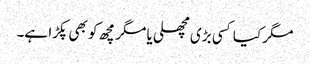
مگر کیا کسی بڑی مچھلی یا مگر مچھ کو بھی پکڑا ہے۔